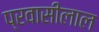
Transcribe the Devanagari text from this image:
प्रवासीलाल